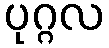
ပုဂ္ဂလ